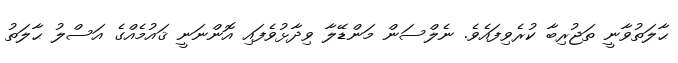
ޙާލަތުވާނީ ތަޖުރިބާ ކުރެވިފައެވެ. ނެލްސަން މަންޑޭލާ ވިދާޅުވެފައި އޮންނަނީ ޤައުމެއްގެ އަސްލު ޙާލަތު